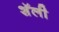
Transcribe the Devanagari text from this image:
शॅली